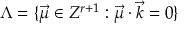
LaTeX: \Lambda = \{ \overrightarrow { \mu } \in Z ^ { r + 1 } : \overrightarrow { \mu } \cdot \overrightarrow { k } = 0 \}